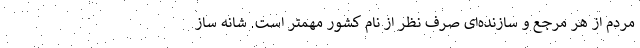
مردم از هر مرجع و سازنده‌ای صرف نظر از نام کشور مهمتر است. شانه ساز